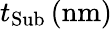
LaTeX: t_{\mathrm{Sub}}\, (\mathrm{nm})